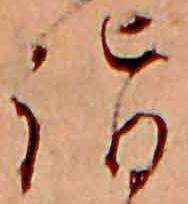
詣